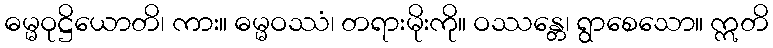
ဓမ္မဝုဋ္ဌိယောတိ၊ ကား။ ဓမ္မဝဿံ၊ တရားမိုးကို။ ဝဿန္တေ၊ ရွာစေသော။ ဣတိ